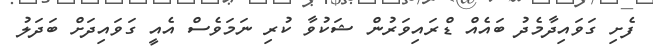
ފެށި ގަވައިދާމެދު ބައެއް ޑްރައިވަރުން ޝަކުވާ ކުރި ނަމަވެސް އެއީ ގަވައިދަށް ބަދަލު